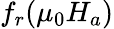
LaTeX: f_{r}(\mu_{0}H_{a})